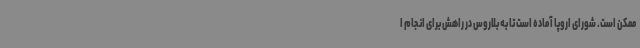
ممکن است. شورای اروپا آماده است تا به بلاروس در راهش برای انجام ا